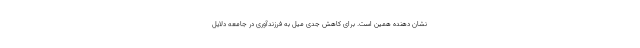
نشان دهنده همین است. برای کاهش جدی میل به فرزندآوری در جامعه دلایل